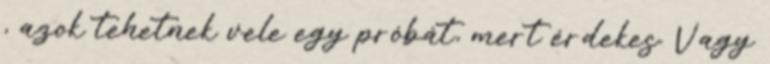
, azok tehetnek vele egy próbát, mert érdekes. Vagy